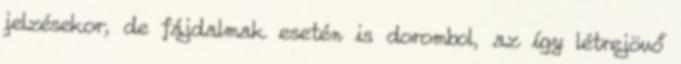
jelzésekor, de fájdalmak esetén is dorombol, az így létrejövő